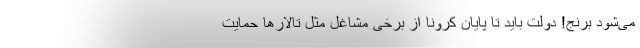
می‌شود برنج! دولت باید تا پایان کرونا از برخی مشاغل مثل تالارها حمایت